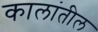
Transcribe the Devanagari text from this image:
कालांतील